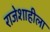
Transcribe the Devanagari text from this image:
राजेशाहीला